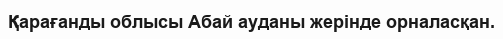
Қарағанды облысы Абай ауданы жерінде орналасқан.